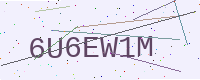
Text: 6U6EW1M